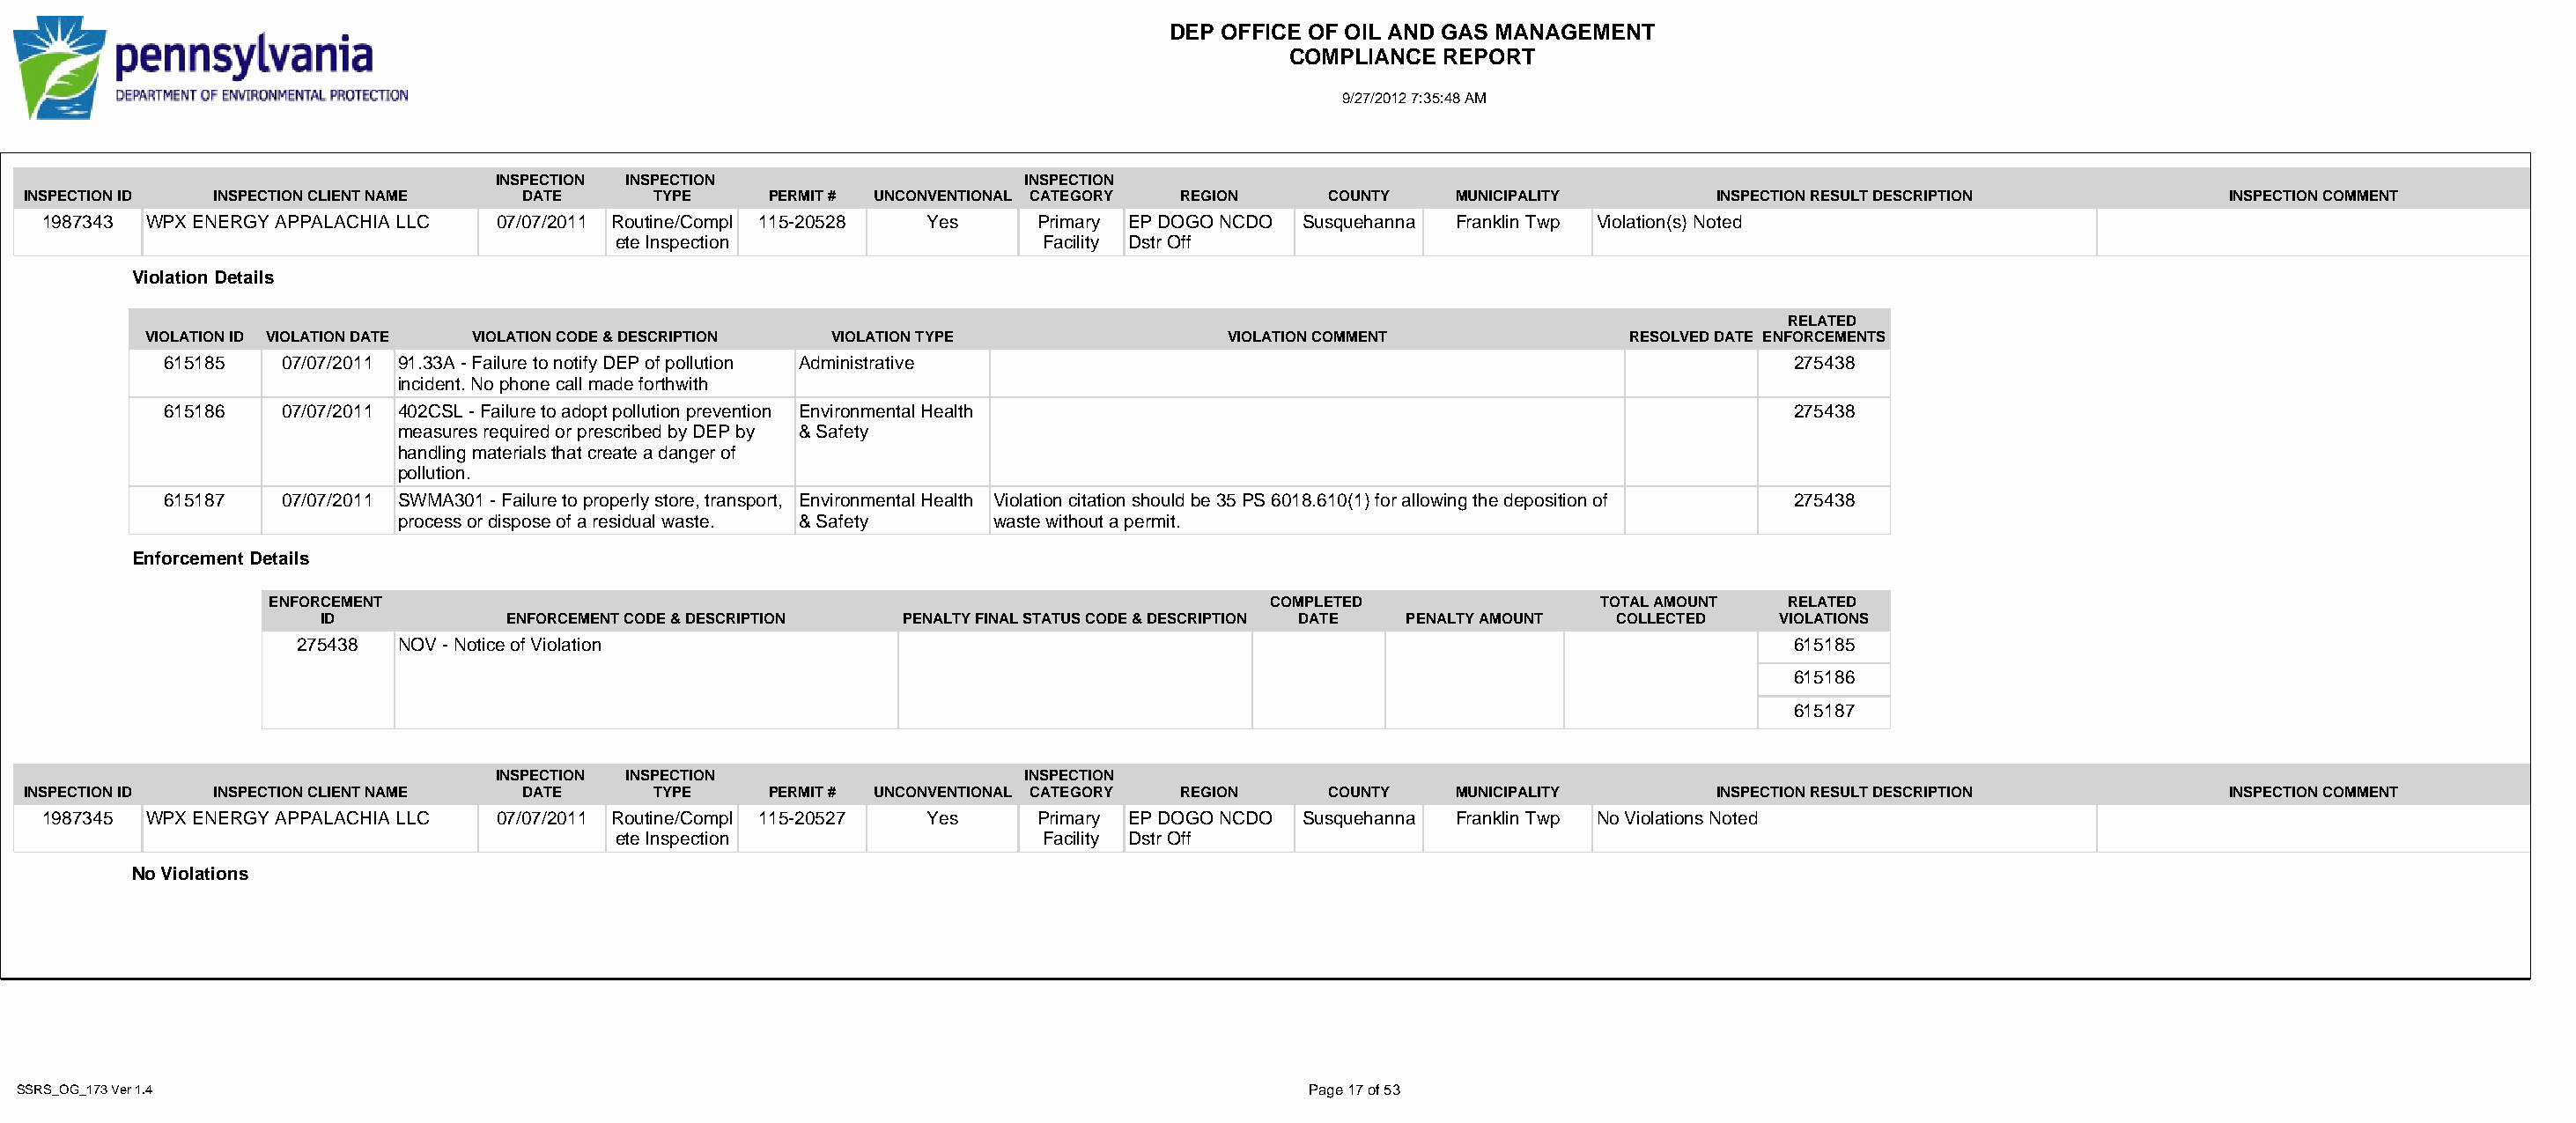
DEP OFFICE OF OIL AND GAS MANAGEMENT
 COMPLIANCE  REPORT
 9/27/2012 7:35:48 AM
 INSPECTION INSPECTION                   INSPECTION
 INSPECTION ID INSPECTION CLIENT NAME DATE      TYPE     PERMIT # UNCONVENTIONAL CATEGORY REGION   COUNTY   MUNICIPALITY        INSPECTION RESULT DESCRIPTION          INSPECTION COMMENT
 1987343 WPX ENERGY APPALACHIA LLC 07/07/2011 Routine/Compl 115-20528 Yes   Primary EP DOGO NCDO Susquehanna Franklin Twp Violation(s) Noted
 ete Inspection                  Facility Dstr Off
 Violation Details
 RELATED
 VIOLATION ID VIOLATION DATE VIOLATION CODE & DESCRIPTION VIOLATION TYPE          VIOLATION COMMENT             RESOLVED DATE ENFORCEMENTS
 615185   07/07/2011 91.33A - Failure to notify DEP of pollution Administrative                                             275438
 incident. No phone call made forthwith
 615186   07/07/2011 402CSL - Failure to adopt pollution prevention Environmental Health                                    275438
 measures required or prescribed by DEP by & Safety
 handling materials that create a danger of
 pollution.
 615187   07/07/2011 SWMA301 - Failure to properly store, transport, Environmental Health Violation citation should be 35 PS 6018.610(1) for allowing the deposition of 275438
 process or dispose of a residual waste. & Safety waste without a permit.
 Enforcement Details
 ENFORCEMENT                                                                COMPLETED                TOTAL AMOUNT  RELATED
 ID            ENFORCEMENT CODE & DESCRIPTION PENALTY FINAL STATUS CODE & DESCRIPTION DATE PENALTY AMOUNT COLLECTED VIOLATIONS
 275438  NOV - Notice of Violation                                                                                615185
 615186
 615187
 INSPECTION INSPECTION                   INSPECTION
 INSPECTION ID INSPECTION CLIENT NAME DATE      TYPE     PERMIT # UNCONVENTIONAL CATEGORY REGION   COUNTY   MUNICIPALITY        INSPECTION RESULT DESCRIPTION          INSPECTION COMMENT
 1987345 WPX ENERGY APPALACHIA LLC 07/07/2011 Routine/Compl 115-20527 Yes   Primary EP DOGO NCDO Susquehanna Franklin Twp No Violations Noted
 ete Inspection                  Facility Dstr Off
 No Violations
 SSRS_OG_173 Ver 1.4                                                                              Page 17 of 53